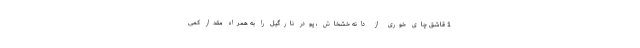
1 قاشق چای خوری از دانه خشخاش ، پودر نارگیل را به همراه مقدار کمی